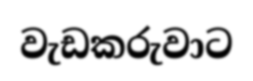
වැඩකරුවාට